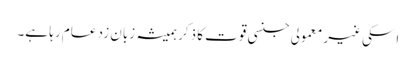
اسکی غیر معمولی جنسی قوت کا ذکر ہمیشہ زبان زد عام رہا ہے۔